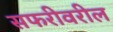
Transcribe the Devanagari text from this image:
सफरीवरील